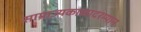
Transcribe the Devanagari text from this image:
साम्राज्यकाळादरम्यान